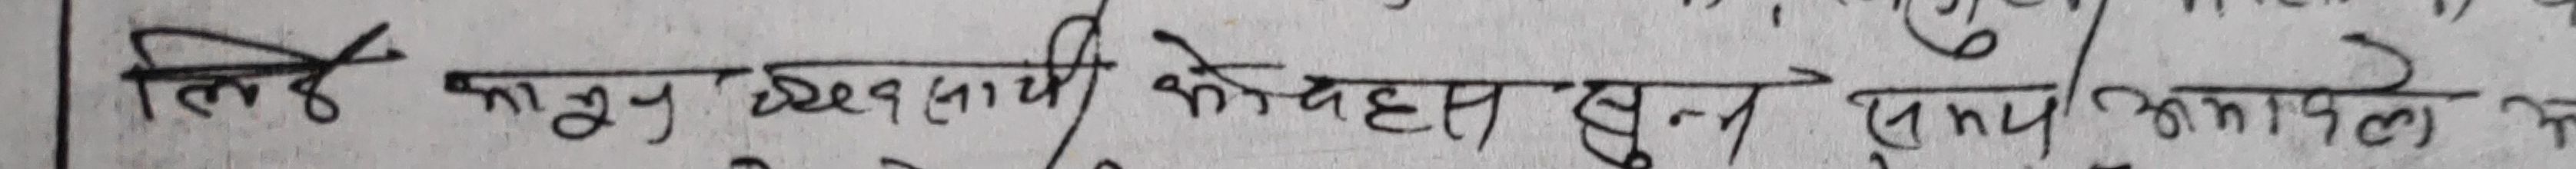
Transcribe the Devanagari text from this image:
लिई कानुन दफा (३) को बेहोस हुन (पुन)/अपनाल मे